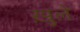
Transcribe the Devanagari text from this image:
ख़ुले